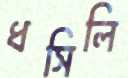
ধসিলি